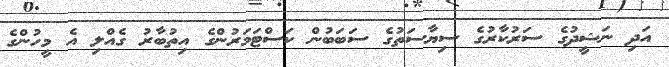
އަދި ނަޝީދުގެ ސަރުކާރުގެ ސިޔާސަތުގެ ސަބަބުން ކަސްޓަމަރުންގެ އިތުބާރު ގެއްލި އެ މީހުންގެ